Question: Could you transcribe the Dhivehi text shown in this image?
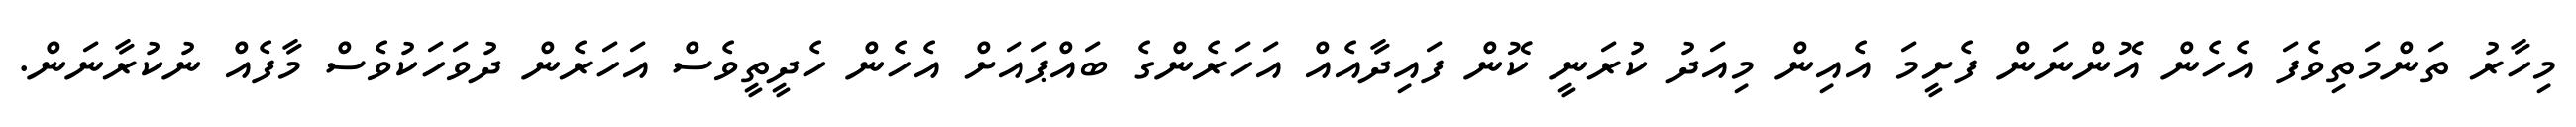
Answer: މިހާރު ތަންމަތިވެފަ އެހެން އޮންނަން ފެށީމަ އެއިން މިއަދު ކުރަނީ ކޮން ފައިދާއެއް އަހަރެންގެ ބައްޕައަށް އެހެން ހެދީތީވެސް އަހަރެން ދުވަހަކުވެސް މާފެއް ނުކުރާނަން.